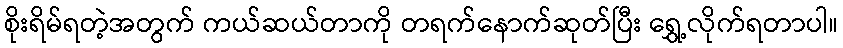
စိုးရိမ်ရတဲ့အတွက် ကယ်ဆယ်တာကို တရက်နောက်ဆုတ်ပြီး ရွှေ့လိုက်ရတာပါ။